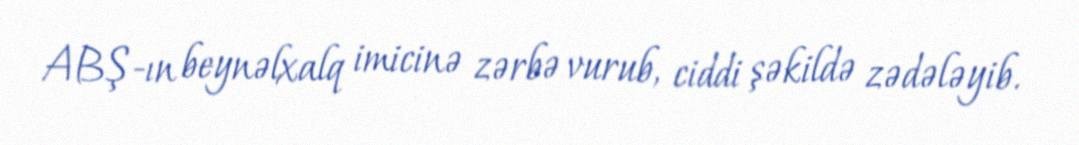
ABŞ-ın beynəlxalq imicinə zərbə vurub, ciddi şəkildə zədələyib.